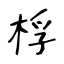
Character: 桴